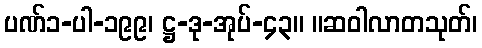
ပဏ်၁-ပါ-၁၉၉၊ ဋ္ဌ-ဒု-အုပ်-၄၃။ ။ဆဝါလာတသုတ်၊